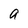
Character: a